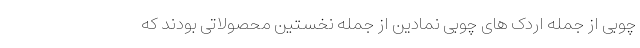
چوبی از جمله اردک های چوبی نمادین از جمله نخستین محصولاتی بودند که